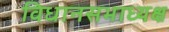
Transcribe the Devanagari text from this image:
विधानसभाध्यक्ष